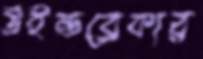
উইন্ডব্রেকার